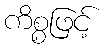
ကိစ္စဖြင့်